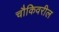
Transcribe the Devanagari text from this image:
चौकिवरील